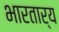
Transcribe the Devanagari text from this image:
भारतार्य